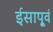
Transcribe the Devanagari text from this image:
ईसापू्र्व